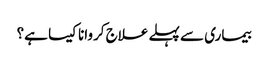
بیماری سے پہلے علاج کروانا کیسا ہے؟